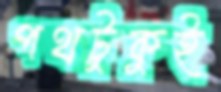
পথটুকুই